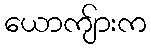
ယောကျ်ားက